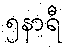
၅နာရီ